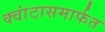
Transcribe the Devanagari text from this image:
क्वांटासमार्फत